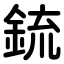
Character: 鋶